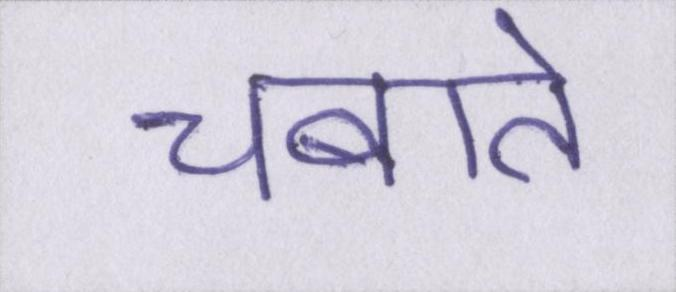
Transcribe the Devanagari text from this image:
चबाते